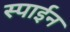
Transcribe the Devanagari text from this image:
स्पाईन